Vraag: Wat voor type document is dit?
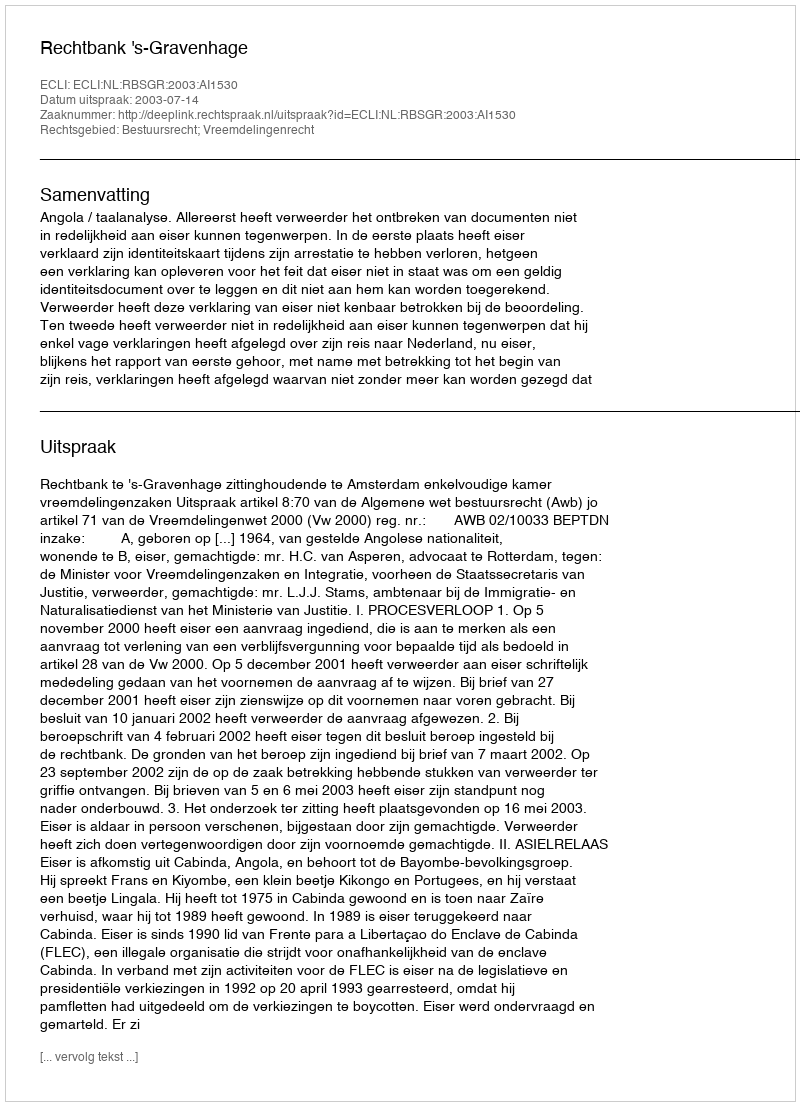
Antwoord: Uitspraak